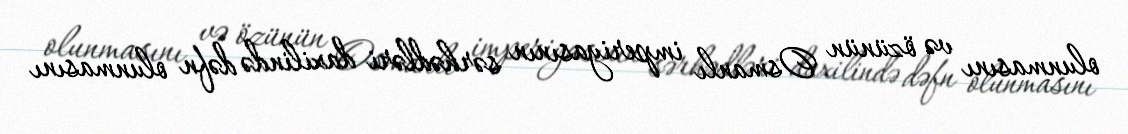
olunmasını və özünün Osmanlı imperiyasının sərhədləri daxilində dəfn olunmasını